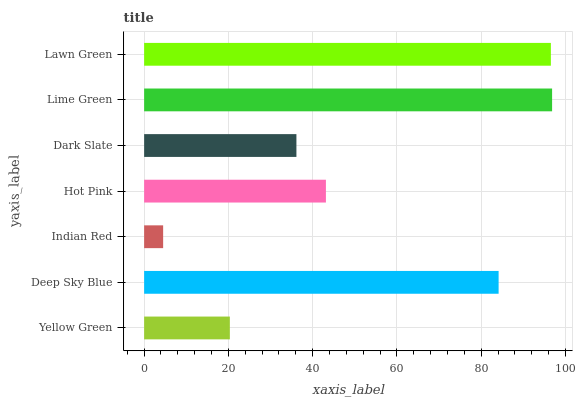
| yaxis_label | bars |
 | --- | --- |
 | Yellow Green | 20.3 |
 | Deep Sky Blue | 84.1 |
 | Indian Red | 4.51 |
 | Hot Pink | 43.1 |
 | Dark Slate | 36.1 |
 | Lime Green | 96.8 |
 | Lawn Green | 96.5 |